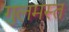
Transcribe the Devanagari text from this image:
गुलमस्त